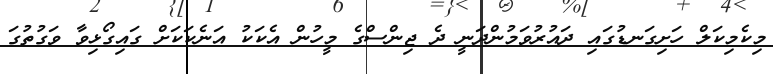
މިކެމިކަލް ހަށިގަނޑުގައި ދައުރުވަމުންދަނީ ދެ ޖިންސްގެ މީހުން އެކަކު އަނެކަކަށް ގައިގޯޅިވާ ވަގުތުގަ